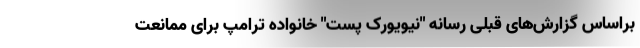
براساس گزارش‌های قبلی رسانه "نیویورک پست" خانواده ترامپ برای ممانعت